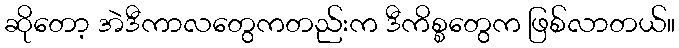
ဆိုတော့ အဲဒီကာလတွေကတည်းက ဒီကိစ္စတွေက ဖြစ်လာတယ်။